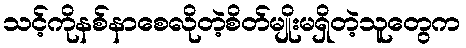
သင့်ကိုနစ်နာစေလိုတဲ့စိတ်မျိုးမရှိတဲ့သူတွေက